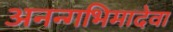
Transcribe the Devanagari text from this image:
अनन्गभिमादेवा